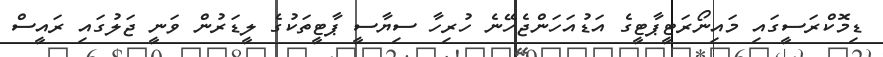
ޑިމޮކްރަސީގައި މައިނޯރަޓީޕާޓީގެ އަޑުއަހަންޖެހޭނެ ހުރިހާ ސިޔާސީ ޕާޓީތަކުގެ ލީޑަރުން ވަނީ ޖަލުގައި ރައީސް